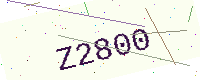
Text: Z2800